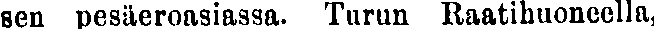
sen pesäeroasiassa. Turun Raatihuoneella,